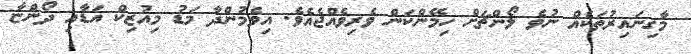
މާގިނައިރުތަކެއް ނުވެ ލޯންޗަށް ހިމޭންކަން ވެރިވެއްޖެއެވެ. އިވެމުންދާ މަޑު މިއުޒިކް އަޑާއި ދޯންޏާ